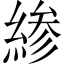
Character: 𫃰